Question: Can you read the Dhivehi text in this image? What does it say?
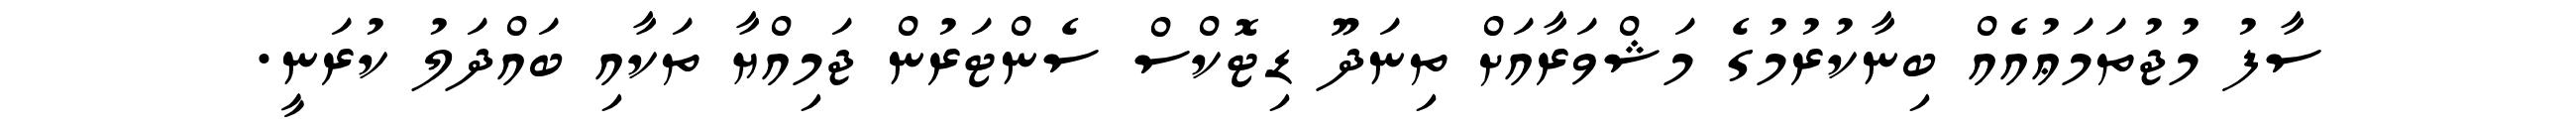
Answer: ސާފު މުޖުތަމަޢުއެއް ބިނާކުރުމުގެ މަޝްވަރާއަށް ތިނަދޫ ޑިޓޮކްސް ސެންޓަރުން ޖަމިއްޔާ ތަކާއި ބައްދަލު ކުރަނީ.